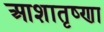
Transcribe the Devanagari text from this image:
आशातृष्णा